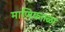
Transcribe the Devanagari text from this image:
माणिकतळा